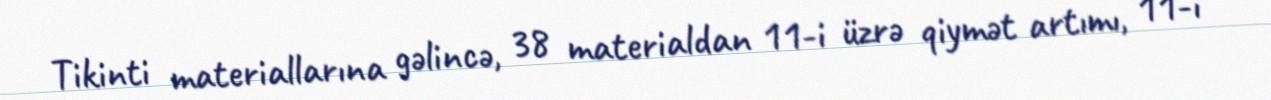
Tikinti materiallarına gəlincə, 38 materialdan 11-i üzrə qiymət artımı, 11-i